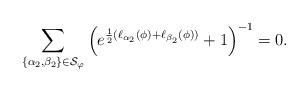
LaTeX: \begin{align*}\sum_{\{\alpha_2,\beta_2\}\in\mathcal{S}_\varphi}\left(e^{\frac{1}{2}(\ell_{\alpha_2}(\phi)+\ell_{\beta_2}(\phi))}+1\right)^{-1}=0.\end{align*}